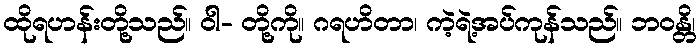
ထိုရဟန်းတို့သည်။ ဝါ- တို့ကို။ ဂရဟိတာ၊ ကဲ့ရဲ့အပ်ကုန်သည်။ ဘဝန္တိ၊